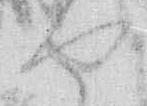
せ